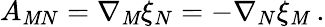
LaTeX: A_{\mathit{M}N}=\nabla_{\mathit{M}}\xi_{N}=-\nabla_{N}\xi_{\mathit{M}}~.